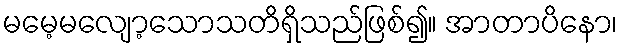
မမေ့မလျော့သောသတိရှိသည်ဖြစ်၍။ အာတာပိနော၊